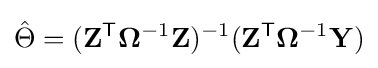
{\hat {\Theta }}=(\mathbf {Z} ^{\mathsf {T}}\mathbf {\Omega } ^{-1}\mathbf {Z} )^{-1}(\mathbf {Z} ^{\mathsf {T}}\mathbf {\Omega } ^{-1}\mathbf {Y} )